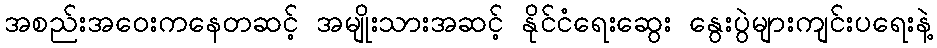
အစည်းအဝေးကနေတဆင့် အမျိုးသားအဆင့် နိုင်ငံရေးဆွေး နွေးပွဲများကျင်းပရေးနဲ့